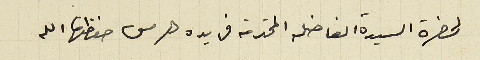
لحضرة السيدة الفاضله المحترمة فريده هرمس حفظها الله